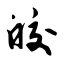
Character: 皎